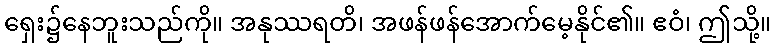
ရှေး၌နေဘူးသည်ကို။ အနုဿရတိ၊ အဖန်ဖန်အောက်မေ့နိုင်၏။ ဧဝံ၊ ဤသို့။